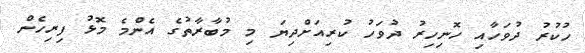
ހުކުރު ދުވަހާއި ހޮނިހިރު ދުވަހު ކުރިއަށްދިޔަ މި މުބާރާތުގެ އެންމެ މޮޅު ފިރިހެން